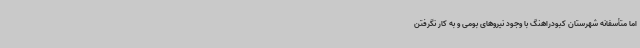
اما متأسفانه شهرستان کبودراهنگ با وجود نیروهای بومی و به کار نگرفتن